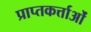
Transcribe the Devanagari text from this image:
प्राप्तकर्त्ताओं